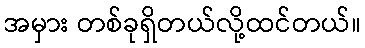
အမှား တစ်ခုရှိတယ်လို့ထင်တယ်။